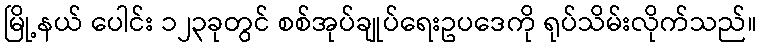
မြို့နယ် ပေါင်း ၁၂၃ခုတွင် စစ်အုပ်ချုပ်ရေးဥပဒေကို ရုပ်သိမ်းလိုက်သည်။